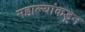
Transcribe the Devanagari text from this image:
महाल्यांकडून